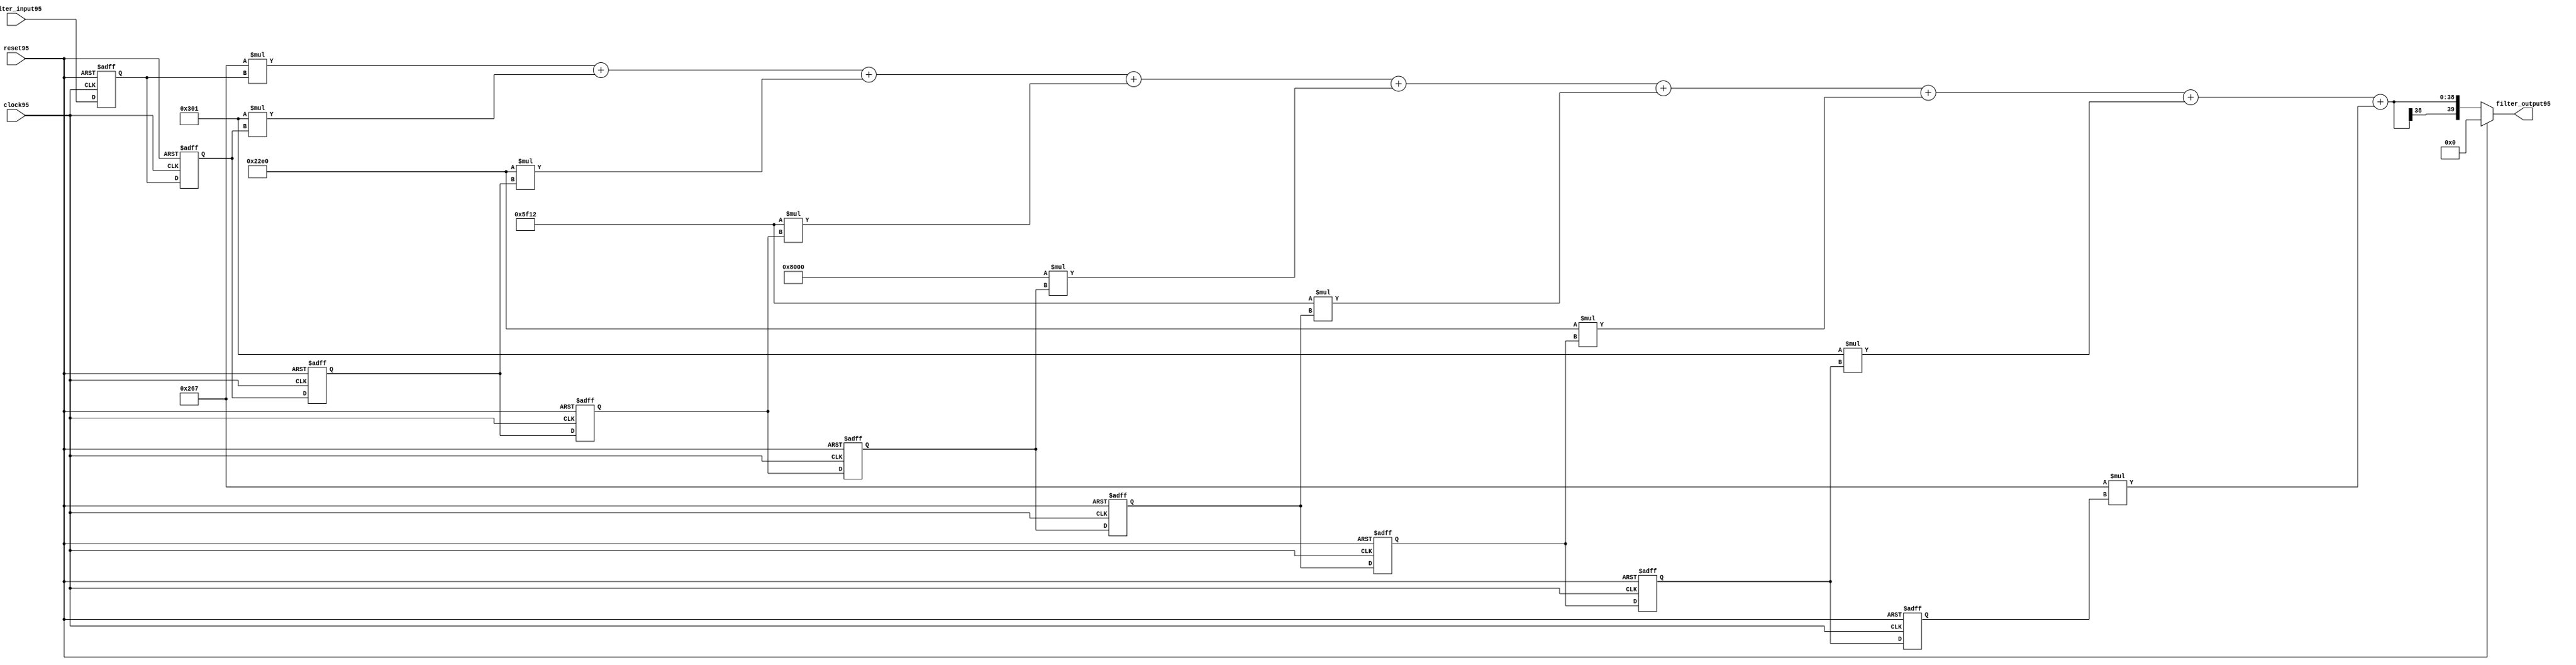
`timescale 1ns / 1ps
module FIR (filter_output95, filter_input95, clock95, reset95);

 output reg signed[39:0] filter_output95;
 input signed[16:0] filter_input95;
 input clock95;
 input reset95;
 //reg signed[32:0] filter_output95;
 reg signed[39:0] prod95_1,prod95_2,prod95_3,prod95_4,prod95_5,prod95_6,prod95_7,prod95_8,prod95_9;
 reg signed[16:0] delayed_sample95_0,delayed_sample95_1,delayed_sample95_2,delayed_sample95_3,delayed_sample95_4,delayed_sample95_5,delayed_sample95_6,delayed_sample95_7;
 reg signed[16:0] fil_coef_0,fil_coef_1,fil_coef_2,fil_coef_3,fil_coef_4,fil_coef_5,fil_coef_6,fil_coef_7,fil_coef_8;
 reg signed[39:0] sum95_1,sum95_2,sum95_3,sum95_4,sum95_5,sum95_6,sum95_7;
 reg signed[16:0] temp;

//assign 

always@(*)
 begin
  if(reset95)
   begin
    prod95_1 = 39'b0;
    prod95_2 = 39'b0;
    prod95_3 = 39'b0;
    prod95_4 = 39'b0;
    prod95_5 = 39'b0;
    prod95_6 = 39'b0;
    prod95_7 = 39'b0;
    prod95_8 = 39'b0;
    prod95_9 = 39'b0;
    
    fil_coef_0 = 17'b0;
    fil_coef_1 = 17'b0;
    fil_coef_2 = 17'b0;
    fil_coef_3 = 17'b0;
    fil_coef_4 = 17'b0;
    fil_coef_5 = 17'b0;
    fil_coef_6 = 17'b0;
    fil_coef_7 = 17'b0;
    fil_coef_8 = 17'b0;
    
    sum95_1 = 39'b0;
    sum95_2 = 39'b0;
    sum95_3 = 39'b0;
    sum95_4 = 39'b0;
    sum95_5 = 39'b0;
    sum95_6 = 39'b0;
    sum95_7 = 39'b0; 
    
    filter_output95 = 39'b0;
    
   end
 
 else begin
 fil_coef_0 = -17'd409;
 fil_coef_1 = 17'd769;
 fil_coef_2 = 17'd8928;
 fil_coef_3 = 17'd24338;
 fil_coef_4 = 17'd32768;
 fil_coef_5 = 17'd24338;
 fil_coef_6 = 17'd8928;
 fil_coef_7 = 17'd769;
 fil_coef_8 = -17'd409;
 
  prod95_1 = (fil_coef_0) * (temp);
  prod95_2 = (fil_coef_1) * (delayed_sample95_0);
  prod95_3 = (fil_coef_2) * (delayed_sample95_1);
  prod95_4 = (fil_coef_3) * (delayed_sample95_2);
  prod95_5 = (fil_coef_4) * (delayed_sample95_3);
  prod95_6 = (fil_coef_5) * (delayed_sample95_4);
  prod95_7 = (fil_coef_6) * (delayed_sample95_5);
  prod95_8 = (fil_coef_7) * (delayed_sample95_6);
  prod95_9 = (fil_coef_8) * (delayed_sample95_7);
  
  
    sum95_1 = prod95_1 + prod95_2;
    sum95_2 = sum95_1 + prod95_3;
    sum95_3 = sum95_2 + prod95_4;
    sum95_4 = sum95_3 + prod95_5;
    sum95_5 = sum95_4 + prod95_6;
    sum95_6 = sum95_5 + prod95_7;
    sum95_7 = sum95_6 + prod95_8;
    filter_output95 = sum95_7 + prod95_9;  
  
 end
 end

always@(posedge clock95 or posedge reset95)
 begin
  if(reset95)
   begin
    delayed_sample95_7 <= 17'b0;
    delayed_sample95_6 <= 17'b0;
    delayed_sample95_5 <= 17'b0;
    delayed_sample95_4 <= 17'b0;
    delayed_sample95_3 <= 17'b0;
    delayed_sample95_2 <= 17'b0;
    delayed_sample95_1 <= 17'b0;
    delayed_sample95_0 <= 17'b0;
    temp <= 17'b0;
   end
  else begin
    delayed_sample95_7 <= delayed_sample95_6;
    delayed_sample95_6 <= delayed_sample95_5;
    delayed_sample95_5 <= delayed_sample95_4;
    delayed_sample95_4 <= delayed_sample95_3;
    delayed_sample95_3 <= delayed_sample95_2;
    delayed_sample95_2 <= delayed_sample95_1;
    delayed_sample95_1 <= delayed_sample95_0;
    delayed_sample95_0 <= temp;
    temp <= filter_input95;
  end
end
endmodule